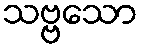
သဗ္ဗသော